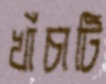
খাঁচাটি